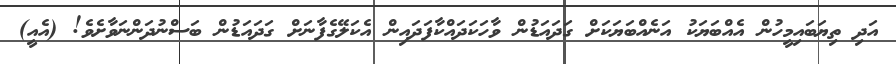
އަދި ތިޔަބައިމީހުން އެއްބަޔަކު އަނެއްބަޔަކަށް ގަދައަޑުން ވާހަކަދައްކާފަދައިން އެކަލޭގެފާނަށް ގަދައަޑުން ބަސްނުދަންނަވާށެވެ! (އެއީ)